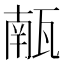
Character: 𮴼